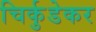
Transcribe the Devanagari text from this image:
चिर्कुडेकर